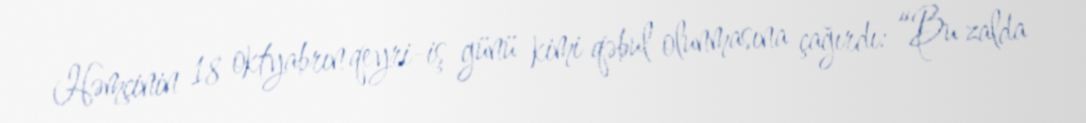
Həmçinin 18 oktyabrın qeyri-iş günü kimi qəbul olunmasına çağırdı: “Bu zalda